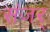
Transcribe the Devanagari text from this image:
संजर्